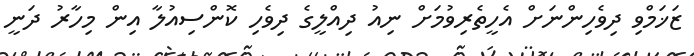
ޒަޚަމްވި ދިވެހިންނަށް އެހީތެރިވުމަށް ނިއު ދިއްލީގެ ދިވެހި ކޮންސިއުލާ އިން މިހާރު ދަނީ